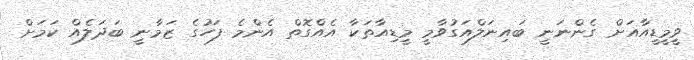
ވީމީޑީއާއަށް ގެންނަނީ ބައިނަލްއަގުވާމީ މީޑިއާތަކާ އެއްގޮތް އެންމެ ފަހުގެ ޒަމާނީ ބަދަލެއް ކަމަށް